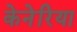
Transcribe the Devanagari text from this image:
केनेरिया